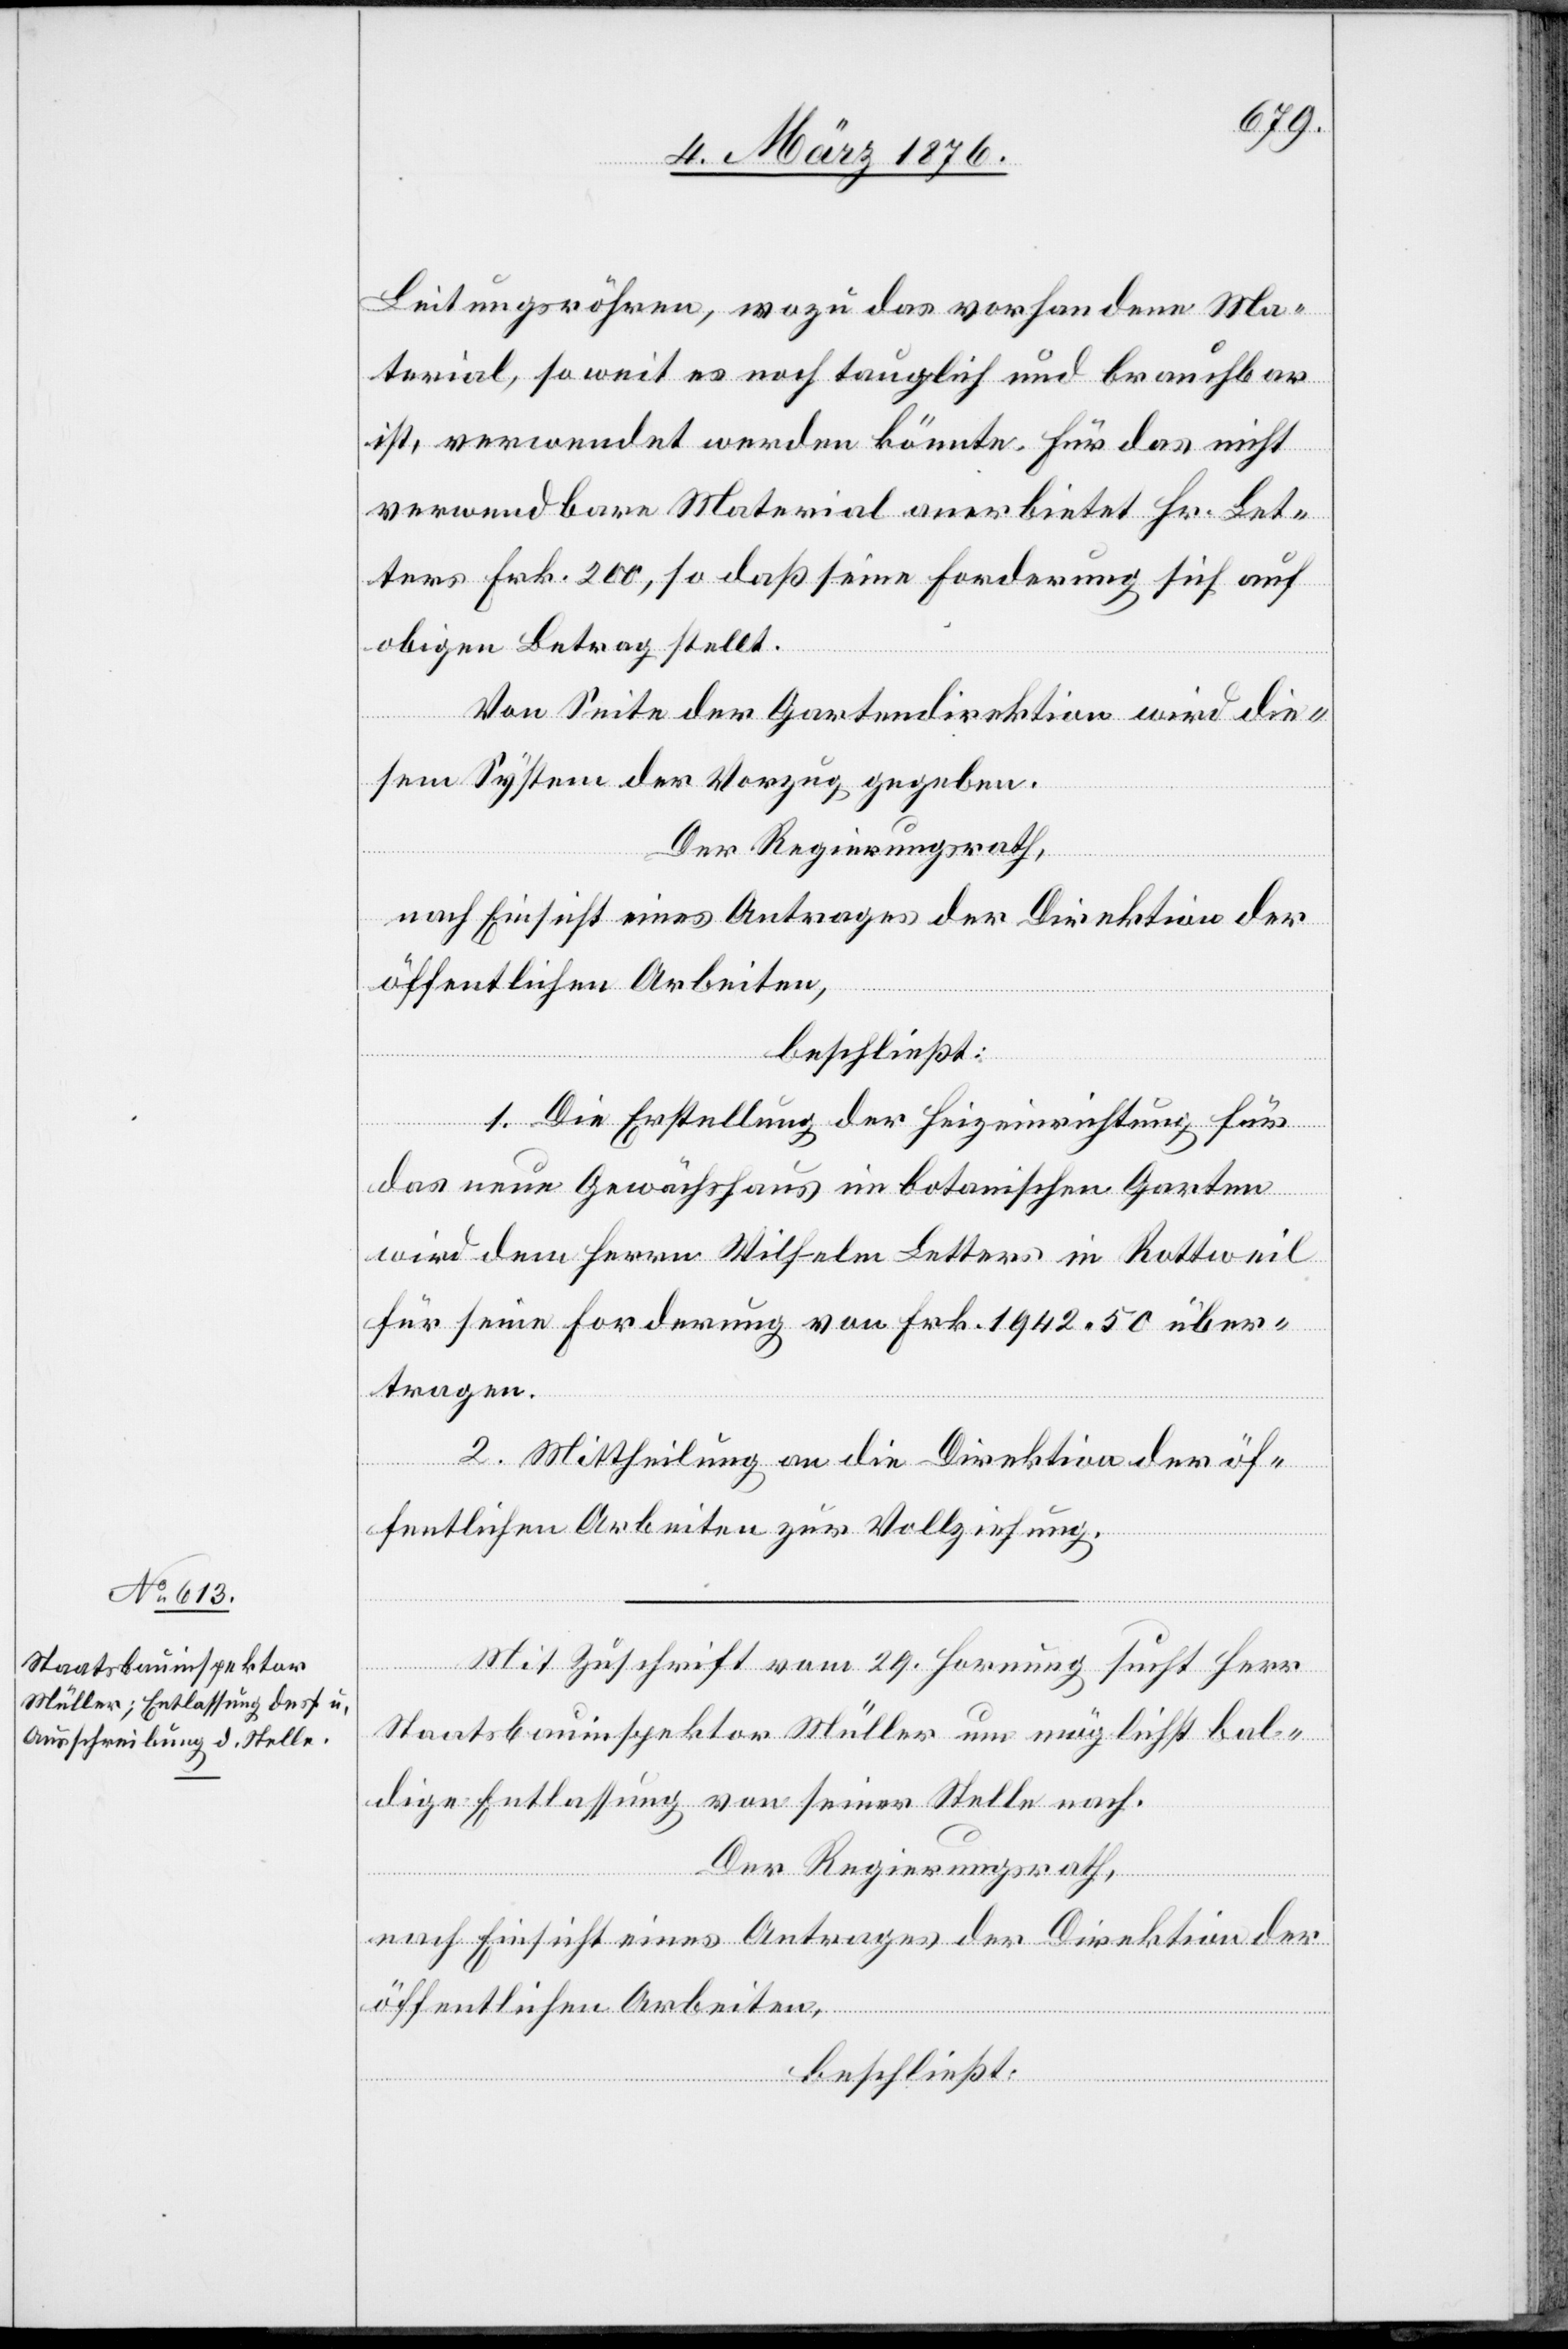
Leitungsröhren, wozu das vorhandene Ma¬
terial, so weit es noch tauglich und brauchbar
ist, verwendet werden könnte. Für das nicht
verwendbare Material anerbietet Hr. Let¬
ters Frk. 200, so daß seine Forderung sich auf
obigen Betrag stellt.
Von Seite der Gartendirektion wird die¬
sem System der Vorzug gegeben.
Der Regierungsrath,
nach Einsicht eines Antrages der Direktion der
öffentlichen Arbeiten,
beschließt:
1. Die Erstellung der Heizeinrichtung für
das neue Gewächshaus im botanischen Garten
wird dem Herrn Wilhelm Letters in Rottweil
für seine Forderung von Frk. 1942 50 über¬
tragen.
2. Mittheilung an die Direktion der öf¬
fentlichen Arbeiten zur Vollziehung.
Mit Zuschrift vom 29. Hornung such Herr
Staatsbauinspektor Müller um möglichst bal¬
dige Entlassung von seiner Stelle nach.
Der Regierungsrath,
nach Einsicht eines Antrages der Direktion der
öffentlichen Arbeiten,
beschließt: